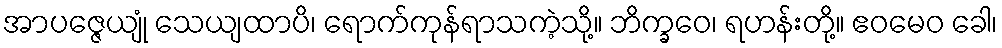
အာပဇ္ဇေယျုံ သေယျထာပိ၊ ရောက်ကုန်ရာသကဲ့သို့။ ဘိက္ခဝေ၊ ရဟန်းတို့။ ဧဝမေဝ ခေါ၊